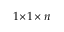
1 \! \times \! 1 \! \times n